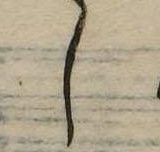
し